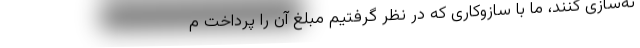
نه‌سازی کنند، ما با سازوکاری که در نظر گرفتیم مبلغ آن را پرداخت م